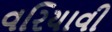
વરિયાવી